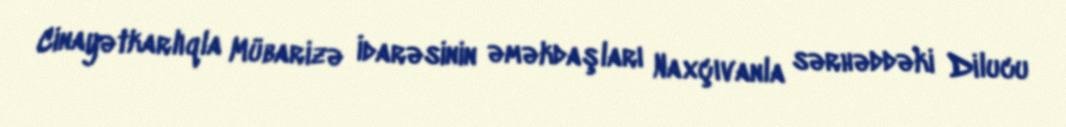
Cinayətkarlıqla Mübarizə İdarəsinin əməkdaşları Naxçıvanla sərhəddəki Dilucu